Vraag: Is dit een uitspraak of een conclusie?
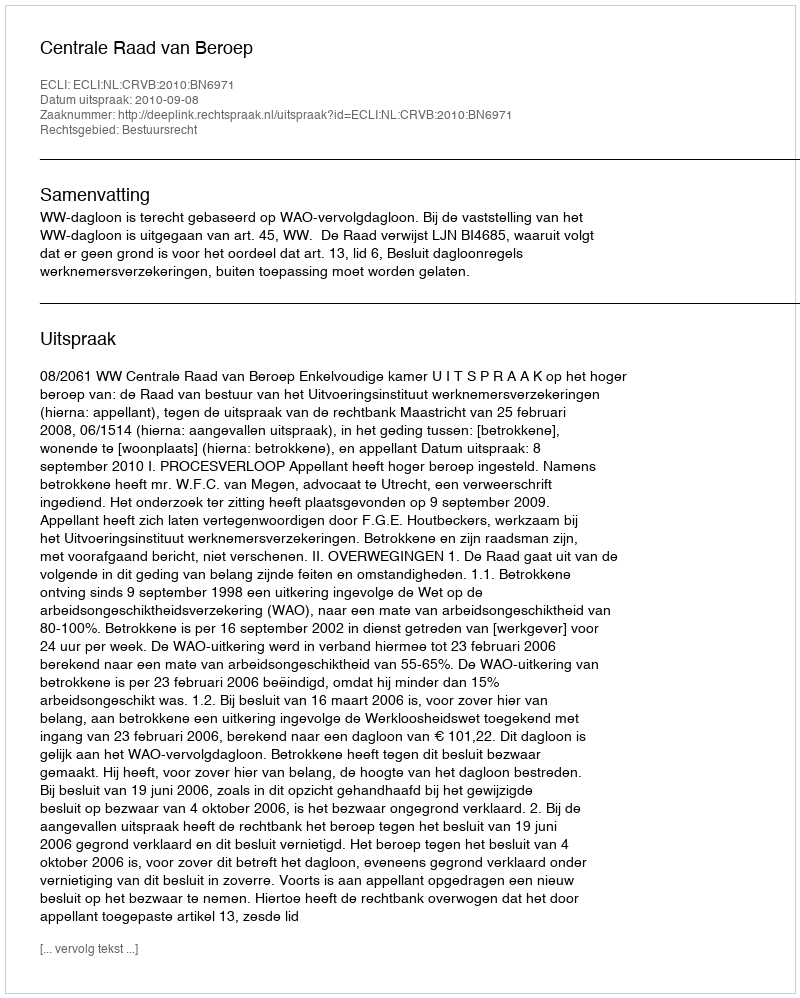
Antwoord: Uitspraak